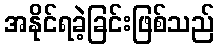
အနိုင်ရခဲ့ခြင်းဖြစ်သည်